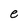
Character: e